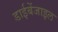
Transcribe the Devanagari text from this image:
डाईबेंजाइल